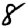
Digit: 8